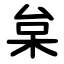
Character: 枲